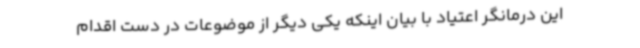
این درمانگر اعتیاد با بیان اینکه یکی دیگر از موضوعات در دست اقدام